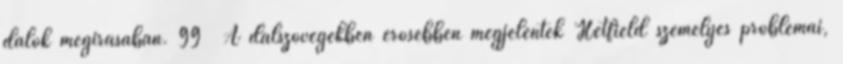
dalok megírásában. 99 A dalszövegekben erősebben megjelentek Hetfield személyes problémái,